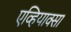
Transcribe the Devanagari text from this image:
एव्हियाक्सा